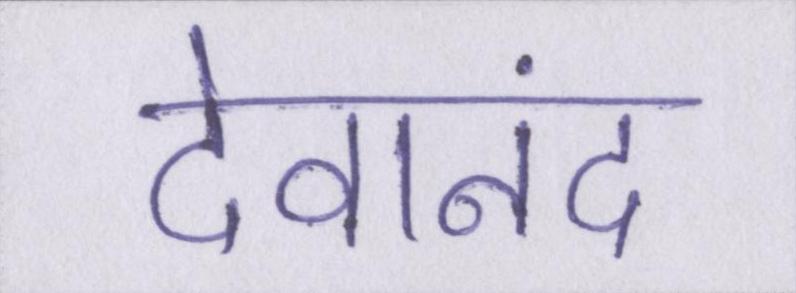
देवानंद